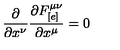
\frac { \partial } { \partial x ^ { \nu } } \frac { \partial F _ { [ e ] } ^ { \mu \nu } } { \partial x ^ { \mu } } = 0